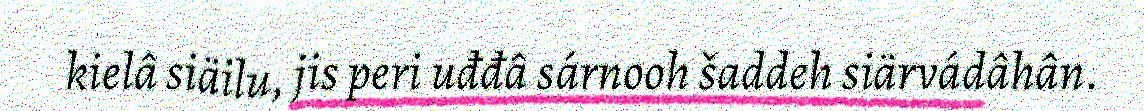
kielâ siäilu, jis peri uđđâ sárnooh šaddeh siärvádâhân.